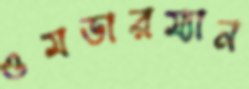
ওমডারম্যান